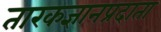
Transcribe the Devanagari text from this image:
तारकज्ञानप्रदाता